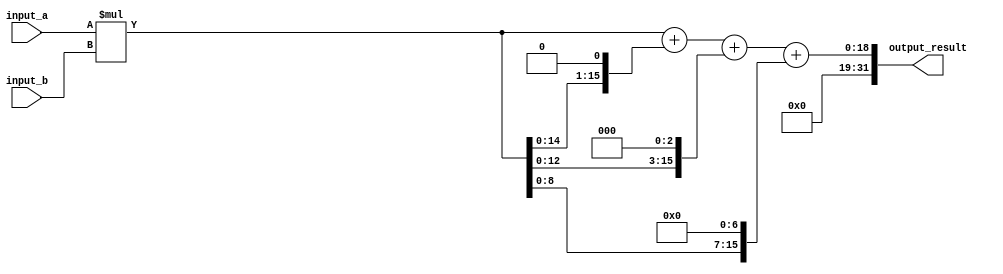
module sequential_booth_multiplier (
    input wire [15:0] input_a,
    input wire [15:0] input_b,
    output wire [31:0] output_result
);

reg [15:0] partial_sum [3:0];

always @* begin
    partial_sum[0] = input_a * input_b;
    partial_sum[1] = partial_sum[0] << 1;
    partial_sum[2] = partial_sum[1] << 2;
    partial_sum[3] = partial_sum[2] << 4;
    
    output_result = partial_sum[0] + partial_sum[1] + partial_sum[2] + partial_sum[3];
end

endmodule